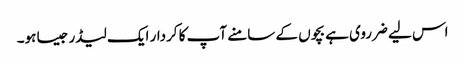
اس لیے ضرروی ہے بچوں کے سامنے آپ کا کردار ایک لیڈر جیسا ہو۔